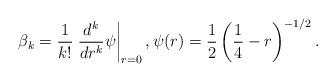
LaTeX: \begin{align*}\beta_{k}=\frac{1}{k!}\left.\frac{d^k}{dr^k}\psi\right|_{r=0}, \psi(r)=\frac{1}{2}\left(\frac{1}{4}-r\right)^{-1/2}.\end{align*}